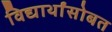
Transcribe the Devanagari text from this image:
विद्यार्थांसोबत